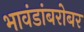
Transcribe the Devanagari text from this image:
भावंडांबरोबर